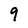
Character: 9